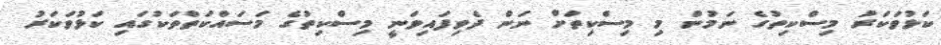
ކަޅުވަކަރު މިސްކިތުގެ ނަމުން މި މިސްކިތަށް ނަން ދެވިފައިވަނީ މިސްކިތުގެ މަސައްކަތްތަކުގައި ކަޅުވަކަރު